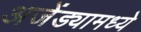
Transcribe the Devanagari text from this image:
अजेंड्यामध्ये